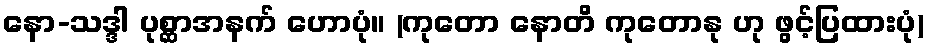
နော-သဒ္ဒါ ပုစ္ဆာအနက် ဟောပုံ။ (ကုတော နောတိ ကုတောနု ဟု ဖွင့်ပြထားပုံ)